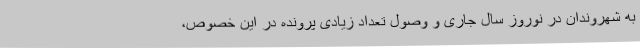
به شهروندان در نوروز سال جاری و وصول تعداد زیادی پرونده در این خصوص،